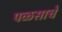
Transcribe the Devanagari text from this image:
पळसाचे